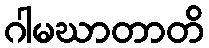
ဂါမဃာတာတိ